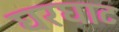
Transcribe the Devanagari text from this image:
घरघाट